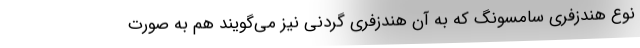
نوع هندزفری سامسونگ که به آن هندزفری گردنی نیز می‌گویند هم به صورت